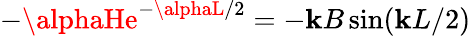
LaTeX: -\alphaHe^{-\alphaL/2}=-\mathbf{k}B\sin(\mathbf{k}L/2)